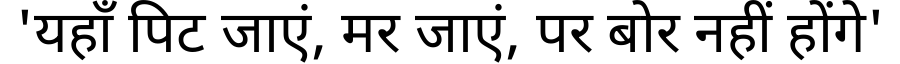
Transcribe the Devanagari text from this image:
'यहाँ पिट जाएं, मर जाएं, पर बोर नहीं होंगे'